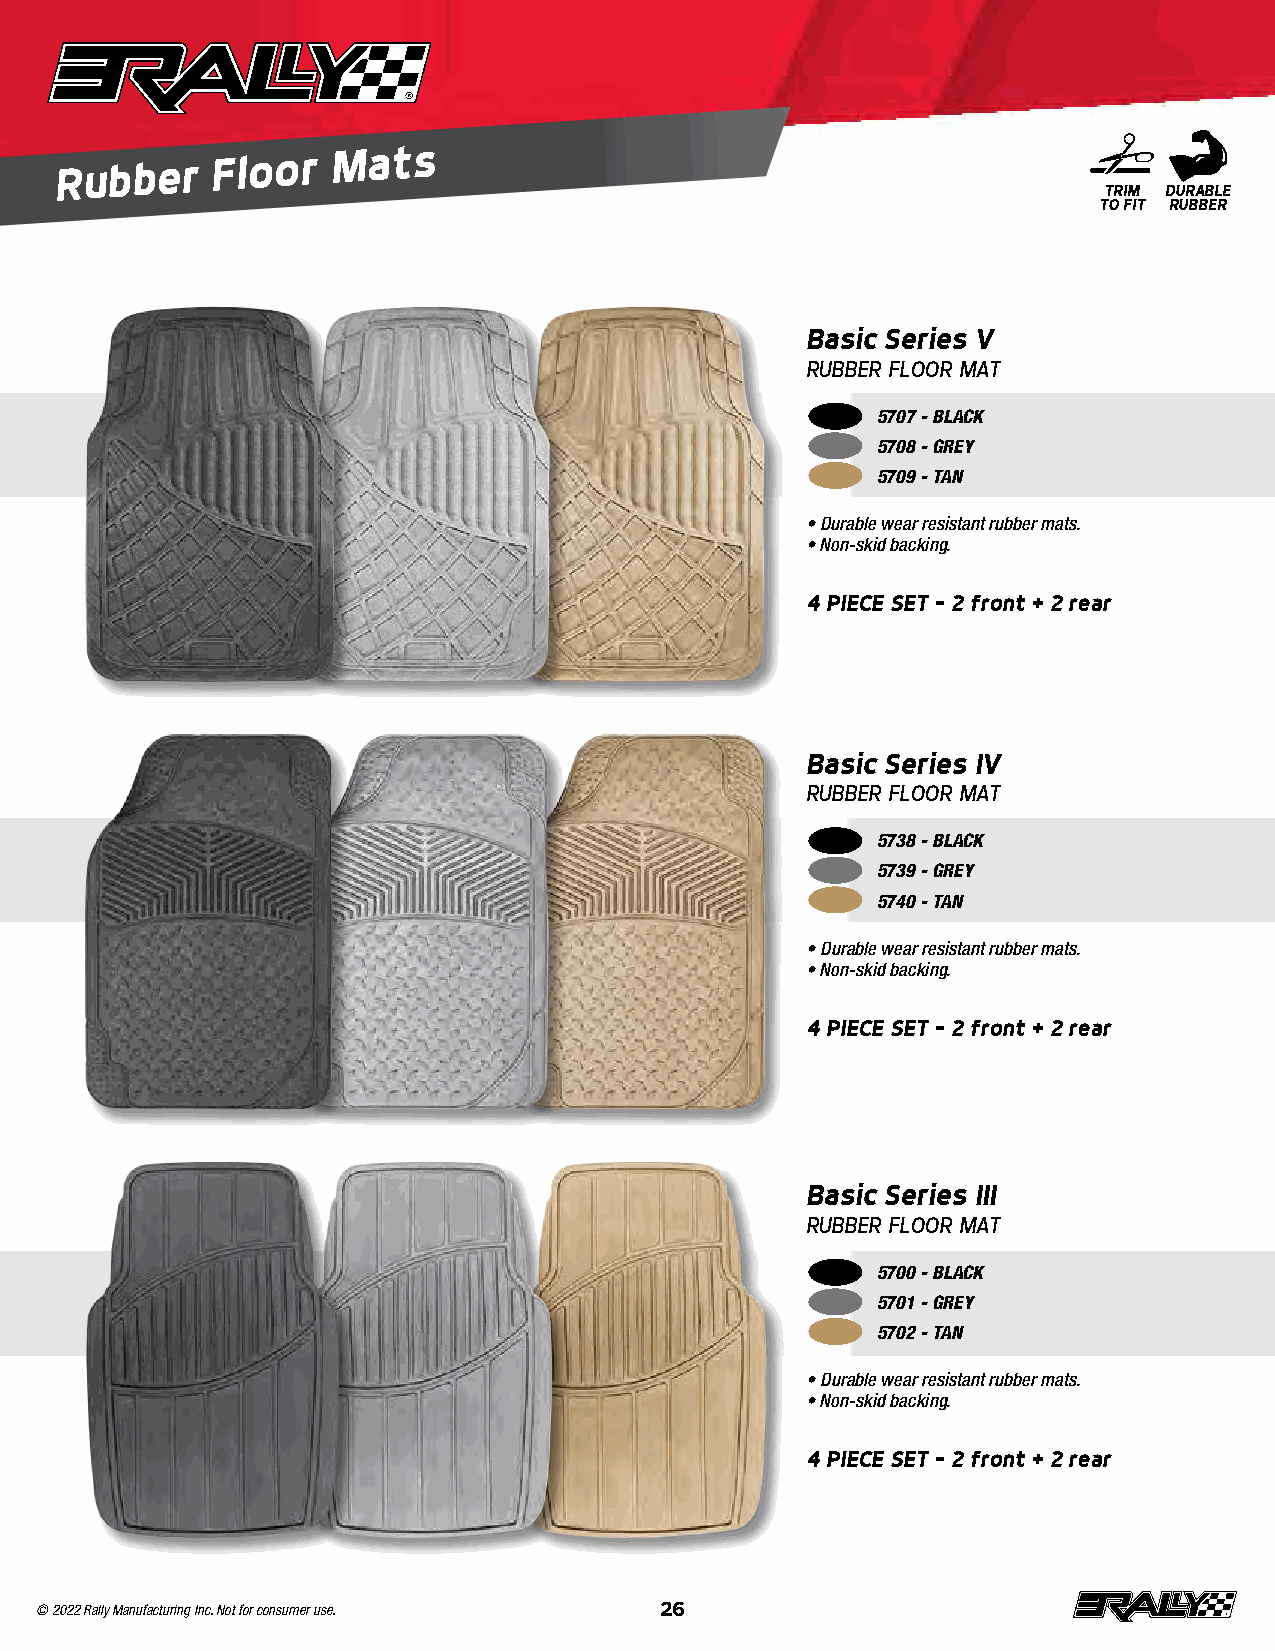
Rubber
 Floor
 Mats
 TRIM DURABLE
 TO FIT RUBBER
 Basic Series V
 RUBBER FLOOR MAT
 5707 - BLACK
 5708 - GREY
 5709 - TAN
 • Durable wear resistant rubber mats .
 • Non-skid backing .
 4 PIECE SET – 2 front + 2 rear
 Basic Series IV
 RUBBER FLOOR MAT
 5738 - BLACK
 5739 - GREY
 5740 - TAN
 • Durable wear resistant rubber mats .
 • Non-skid backing .
 4 PIECE SET – 2 front + 2 rear
 Basic Series III
 RUBBER FLOOR MAT
 5700 - BLACK
 5701 - GREY
 5702 - TAN
 • Durable wear resistant rubber mats .
 • Non-skid backing .
 4 PIECE SET – 2 front + 2 rear
 © 2022 Rally Manufacturing Inc. Not for consumer use. 26